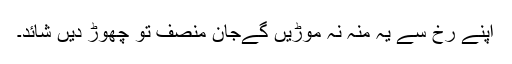
اپنے رخ سے یہ منہ نہ موڑیں گےجان منصف تو چھوڑ دیں شائد۔